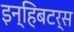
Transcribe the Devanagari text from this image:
इन्हिबटर्स